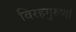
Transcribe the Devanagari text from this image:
विरहगुरुणां